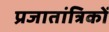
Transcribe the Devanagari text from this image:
प्रजातांत्रिकों